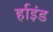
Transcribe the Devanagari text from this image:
र्हाइंड